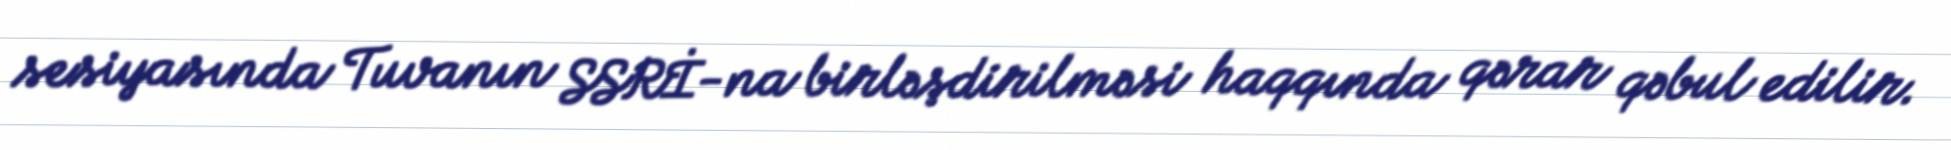
sesiyasında Tuvanın SSRİ-na birləşdirilməsi haqqında qərar qəbul edilir.